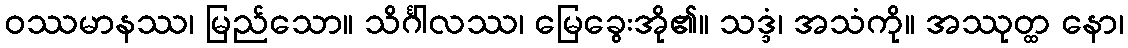
ဝဿမာနဿ၊ မြည်သော။ သိင်္ဂါလဿ၊ မြေခွေးအို၏။ သဒ္ဒံ၊ အသံကို။ အဿုတ္ထ နော၊